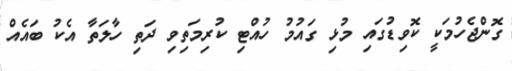
ގޮންޖެހުމަކީ ކޮވިޑުގައި މުޅި ގައުމު ހުއްޓި ކުރިމަތިވި ދަތި ހާލަތާ އެކު ބައެއް